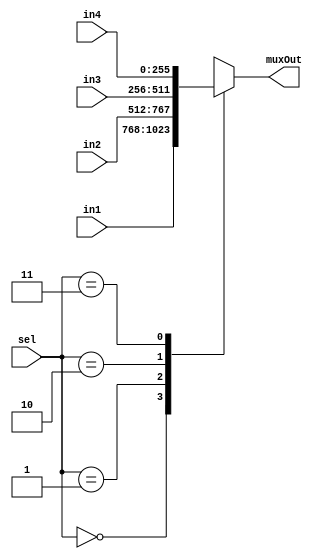
module mux4to1_256b(input [255:0] in1,input [255:0] in2, input [255:0] in3, input [255:0] in4, input[1:0] sel,output reg[255:0] muxOut);
  always@(in1,in2,in3,in4,sel)
  case(sel)
    2'b00: muxOut=in1;
    2'b01: muxOut=in2;
    2'b10: muxOut=in3;
    2'b11: muxOut=in4;
  endcase
endmodule